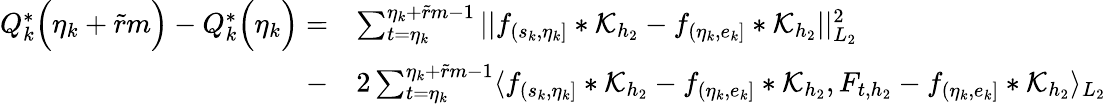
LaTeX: \begin{array}{rl}{Q_{k}^{*}\Big(\eta_{k}+\widetilde{r}m\Big)-Q_{k}^{*}\Big(\eta_{k}\Big)=}&{\sum_{t=\eta_{k}}^{\eta_{k}+\widetilde{r}m-1}\vert\vert f_{(s_{k},\eta_{k}]}\ast\mathcal{K}_{{h_{2}}}-f_{(\eta_{k},e_{k}]}\ast\mathcal{K}_{h_{2}}\vert\vert_{L_{2}}^{2}}\\ {-}&{2\sum_{t=\eta_{k}}^{\eta_{k}+\widetilde{r}m-1}\langle f_{(s_{k},\eta_{k}]}\ast\mathcal{K}_{{h_{2}}}-f_{(\eta_{k},e_{k}]}\ast\mathcal{K}_{h_{2}},F_{t,{h_{2}}}-f_{(\eta_{k},e_{k}]}\ast\mathcal{K}_{h_{2}}\rangle_{L_{2}}}\end{array}